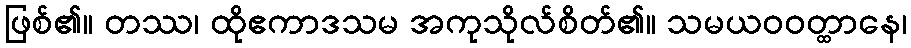
ဖြစ်၏။ တဿ၊ ထိုဧကာဒသမ အကုသိုလ်စိတ်၏။ သမယဝဝတ္ထာနေ၊